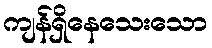
ကျန်ရှိနေသေးသော